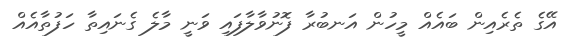
އޭގެ ތެރެއިން ބައެއް މީހުން އަނބުރާ ފޮނުވާލާފައި ވަނީ މާލެ ގެނައިތާ ހަފުތާއެއް